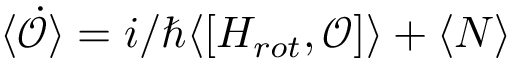
\langle \mathcal { \dot { O } } \rangle = i / \hbar \langle [ H _ { r o t } , \mathcal { O } ] \rangle + \langle N \rangle